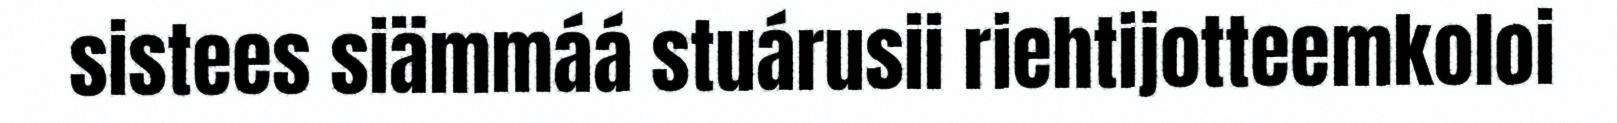
sistees siämmáá stuárusii riehtijotteemkoloi